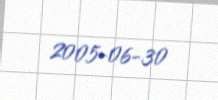
2005-06-30